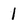
Character: l